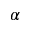
\alpha